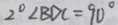
2 ^ { \circ } \angle B D C = 9 0 ^ { \circ }